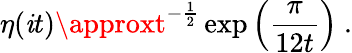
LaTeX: \eta(\mathit{i}t)\approxt^{-\frac{{1}}{{2}}}\exp\left(\frac{{\pi}}{{12t}}\right)~.